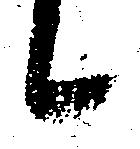
候